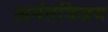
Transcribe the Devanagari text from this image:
अनंतविजय